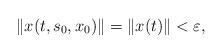
LaTeX: \begin{align*}\|x(t, s_0 , x_0 )\| = \|x(t)\| < \varepsilon,\end{align*}